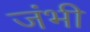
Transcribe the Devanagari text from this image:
जंभी